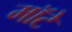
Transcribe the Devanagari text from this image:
मॉटे